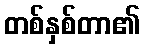
တစ်နှစ်တာ၏